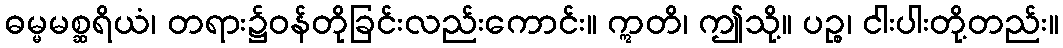
ဓမ္မမစ္ဆရိယံ၊ တရား၌ဝန်တိုခြင်းလည်းကောင်း။ ဣတိ၊ ဤသို့။ ပဉ္စ၊ ငါးပါးတို့တည်း။